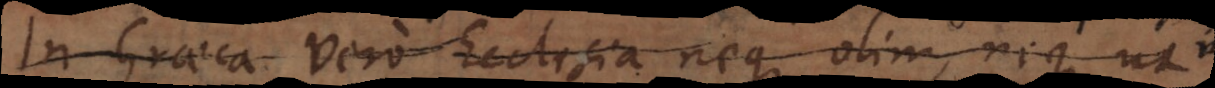
In Graeca vero Ecclesia neque olim, neque ut